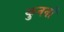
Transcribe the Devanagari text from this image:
कुननों